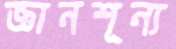
জ্ঞানশূন্য